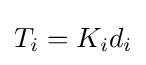
T_{i}=K_{i}d_{i}